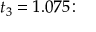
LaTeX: t _ { 3 } = 1 . 0 7 5 \colon